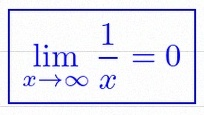
\lim_{x\to\infty}\frac{1}{x}=0